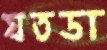
যতডা